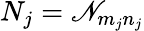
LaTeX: N_{j}=\mathscr{N}_{m_{j}n_{j}}